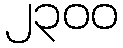
၂၃၀၀